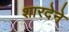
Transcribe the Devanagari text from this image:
शारदेने